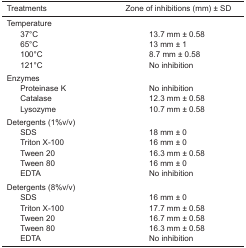
| Treatments | Zone of inhibitions (mm) ± SD |
 | --- | --- |
 | <COLSPAN=2> Temperature |
 | 37°C | 13.7 mm ± 0.58 |
 | 65°C | 13 mm ± 1 |
 | 100°C | 8.7 mm ± 0.58 |
 | 121°C | No inhibition |
 | <COLSPAN=2> Enzymes |
 | Proteinase K | No inhibition |
 | Catalase | 12.3 mm ± 0.58 |
 | Lysozyme | 10.7 mm ± 0.58 |
 | <COLSPAN=2> Detergents (1%v/v) |
 | SDS | 18 mm ± 0 |
 | Triton X-100 | 16 mm ± 0 |
 | Tween 20 | 16.3 mm ± 0.58 |
 | Tween 80 | 16 mm ± 0 |
 | EDTA | No inhibition |
 | <COLSPAN=2> Detergents (8%v/v) |
 | SDS | 16 mm ± 0 |
 | Triton X-100 | 17.7 mm ± 0.58 |
 | Tween 20 | 16.7 mm ± 0.58 |
 | Tween 80 | 16.3 mm ± 0.58 |
 | EDTA | No inhibition |